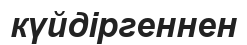
күйдіргеннен